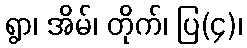
ရွာ၊ အိမ်၊ တိုက်၊ ပြ(၄)၊